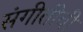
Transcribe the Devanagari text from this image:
संगीतीची